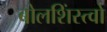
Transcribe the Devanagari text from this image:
बोलशिंस्त्वो